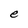
Character: e